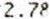
2.78